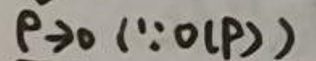
$p \to 0 ( \because o ( p ) )$